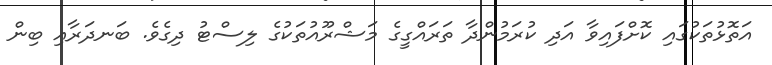
އަތޮޅުތަކުގައި ކޮށްފައިވާ އަދި ކުރަމުންދާ ތަރައްގީގެ މަޝްރޫއުތަކުގެ ލިސްޓު ދިގެވެ. ބަނދަރާއި ބިން